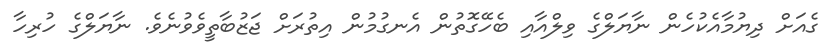
ގެއަށް ދިޔުމާއެކުހެން ނާޔަލްގެ ވިލްއާއި ބެހޭގޮތުން އެނގުމުން އިތުރަށް ޖަޒުބާތީވެވުނެވެ. ނާޔަލްގެ ހުރިހާ